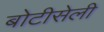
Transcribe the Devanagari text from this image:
बोटीसेली